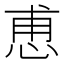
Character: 𮲆